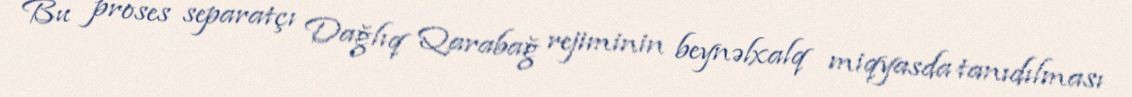
Bu proses separatçı Dağlıq Qarabağ rejiminin beynəlxalq miqyasda tanıdılması